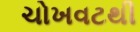
ચોખવટથી